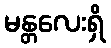
မန္တလေးရှိ